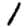
Digit: 1